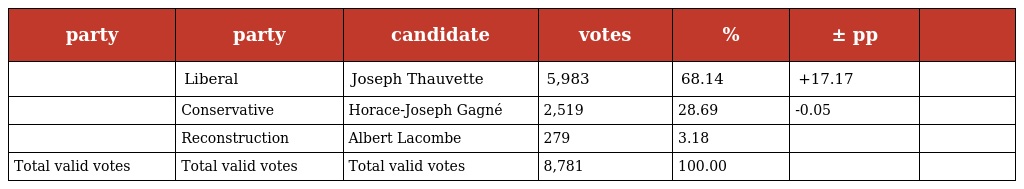
| party | party | candidate | votes | % | ± pp |  |
 | --- | --- | --- | --- | --- | --- | --- |
 |  | Liberal | Joseph Thauvette | 5,983 | 68.14 | +17.17 |  |
 |  | Conservative | Horace-Joseph Gagné | 2,519 | 28.69 | -0.05 |  |
 |  | Reconstruction | Albert Lacombe | 279 | 3.18 |  |  |
 | Total valid votes | Total valid votes | Total valid votes | 8,781 | 100.00 |  |  |